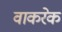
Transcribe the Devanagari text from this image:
वाकरेक